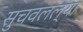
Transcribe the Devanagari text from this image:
सुचवलल्या